Source: Handwritten
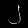
Digit: ၂ (2)